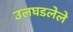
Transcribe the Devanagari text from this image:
उलघडलेले